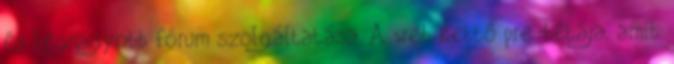
és legnagyobb fórum szolgáltatása. A web kettő pre-bétája, amit